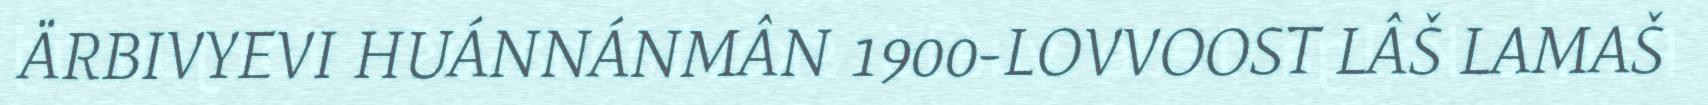
ÄRBIVYEVI HUÁNNÁNMÂN 1900-LOVVOOST LÂŠ LAMAŠ